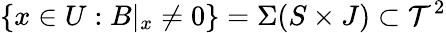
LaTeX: \{ x\in U:B|_{x}\neq 0\} =\Sigma(S\times J)\subset\mathcal{T}^{2}